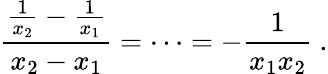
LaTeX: {\frac{{\frac{1}{x_{2}}}-{\frac{1}{x_{1}}}}{x_{2}-x_{1}}}=\cdots=-{\frac{1}{x_{1}x_{2}}}\ .